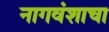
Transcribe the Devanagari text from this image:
नागवंशाचा